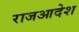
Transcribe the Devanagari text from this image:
राजआदेश